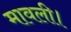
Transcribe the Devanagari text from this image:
मावली।